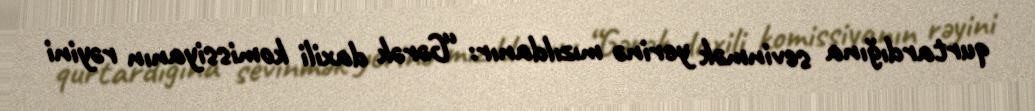
qurtardığına sevinmək yerinə mızıldanır: “Gərək daxili komissiyanın rəyini